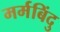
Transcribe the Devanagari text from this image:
मर्मबिंदु